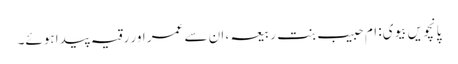
پانچویں بیوی: ام حبیب بنت ربیعہ ، ان سے عمر اور رقیہ پیدا ہوئے۔